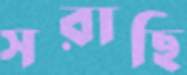
সরাছি